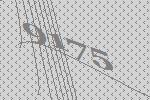
9175